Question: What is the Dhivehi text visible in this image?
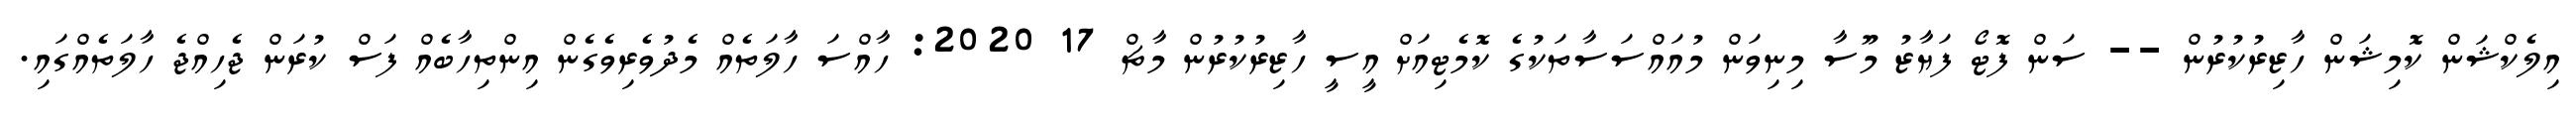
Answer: އިލެކްޝަން ކޮމިޝަން ހާޒިރުކުރުން -- ސަން ފޮޓޯ ފަޔާޒު މޫސާ މިނިވަން މުއައްސަސާތަކުގެ ކޮމެޓިއަށް އީސީ ހާޒިރުކުރުން މާޗް 17 2020: ހާއްސަ ހާލަތެއް މެދުވެރިވެގެން އިންތިހާބެއް ފަސް ކުރަން ޖެހިއްޖެ ހާލަތެއްގައި.